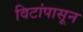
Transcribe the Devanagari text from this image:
विटांपासून